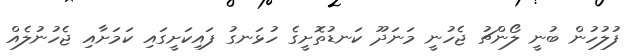
ފުލުހުން ބުނީ ލޯންޗު ޖެހުނީ މަނަދޫ ކަނޑުތޮށީގެ ހުޅަނގު ފައިކަށީގައި ކަމަށާއި ޖެހުނުލެއް